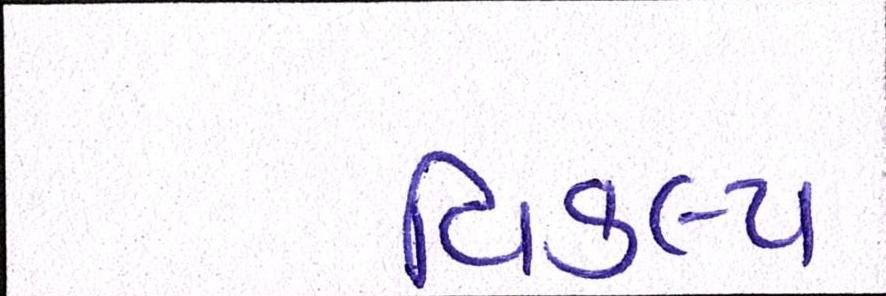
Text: વિકલ્પ